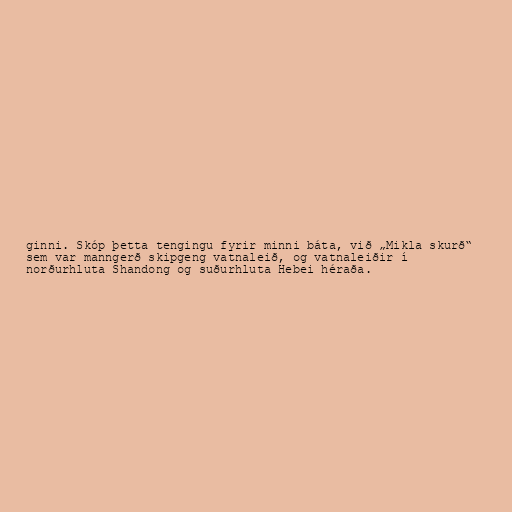
ginni. Skóp þetta tengingu fyrir minni báta, við „Mikla skurð“
sem var manngerð skipgeng vatnaleið, og vatnaleiðir í
norðurhluta Shandong og suðurhluta Hebei héraða.